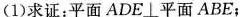
(1)求证：平面ADE\bot 平面ABE；